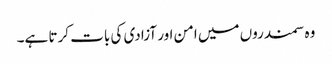
وہ سمندروں میں امن اور آزادی کی بات کرتا ہے۔